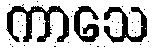
ကာသေ